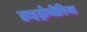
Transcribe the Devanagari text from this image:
हाइड्रोथीरिया